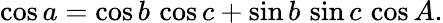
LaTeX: \cos a=\cos b\, \cos c+\sin b\, \sin c\, \cos A.